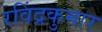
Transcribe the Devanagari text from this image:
रविंद्रकुमार